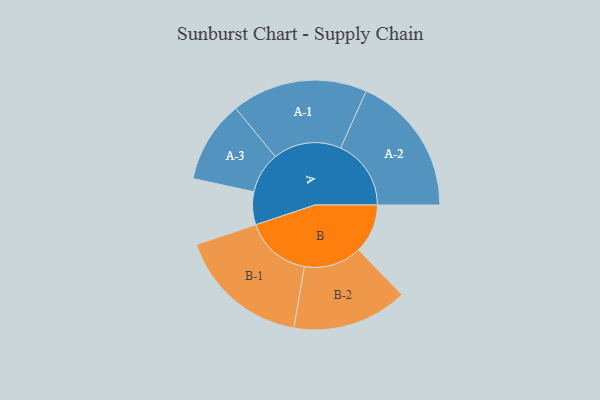
{"axis": {"x": "Segment", "y": "Value"}, "legend": ["", "A", "B"], "data": [{"x": "A", "y": 123, "type": ""}, {"x": "B", "y": 184, "type": ""}, {"x": "A-1", "y": 255, "type": "A"}, {"x": "A-2", "y": 264, "type": "A"}, {"x": "A-3", "y": 154, "type": "A"}, {"x": "B-1", "y": 248, "type": "B"}, {"x": "B-2", "y": 216, "type": "B"}]}